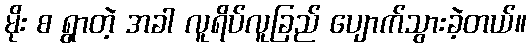
မိုး စ ရွာတဲ့ အခါ လူရိပ်လူခြည် ပျောက်သွားခဲ့တယ်။